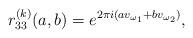
LaTeX: \begin{align*}r_{33}^{(k)}(a,b)=e^{2\pi i(av_{\omega_{1}}+bv_{\omega_{2}})},\end{align*}